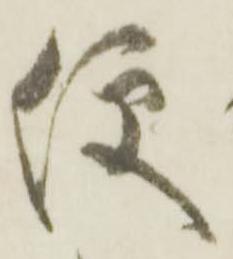
便